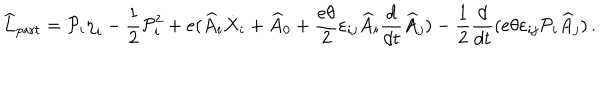
\widehat { L } _ { \mathrm { p a r t } } = { \cal P } _ { i } \dot { \eta } _ { i } - \frac { 1 } { 2 } { \cal P } _ { i } ^ { 2 } + e ( \widehat { A } _ { i } \dot { X } _ { i } + \widehat { A } _ { 0 } + \frac { e \theta } { 2 } \varepsilon _ { i j } \widehat { A } _ { i } \frac { d } { d t } \widehat { A } _ { j } ) - \frac { 1 } { 2 } \frac { d } { d t } ( e \theta \varepsilon _ { i j } { \cal P } _ { i } \widehat { A } _ { j } ) \, .